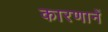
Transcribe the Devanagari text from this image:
कारणानें